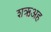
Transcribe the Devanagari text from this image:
शऋअह